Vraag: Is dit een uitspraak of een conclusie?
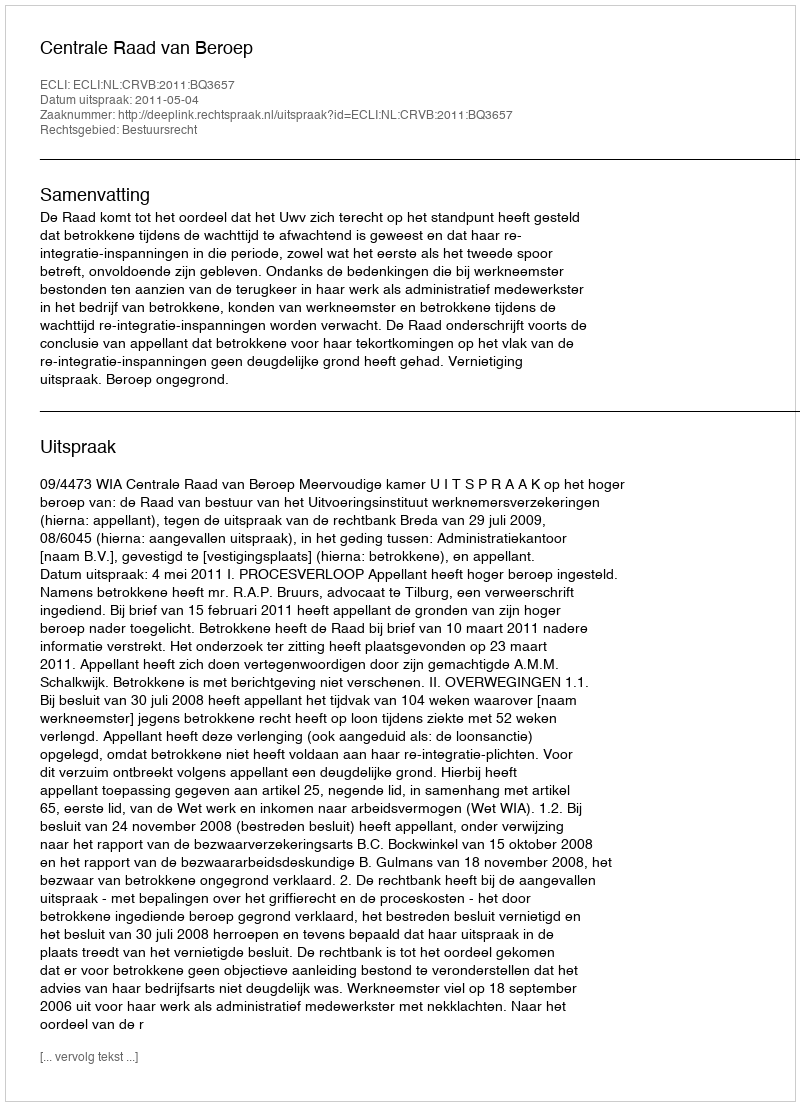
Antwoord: Uitspraak